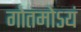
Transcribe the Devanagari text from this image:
गोतमोऽयं